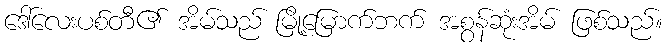
ဒေါ်လေးပစ်တီ၏ အိမ်သည် မြို့မြောက်ဘက် အစွန်ဆုံးအိမ် ဖြစ်သည်။